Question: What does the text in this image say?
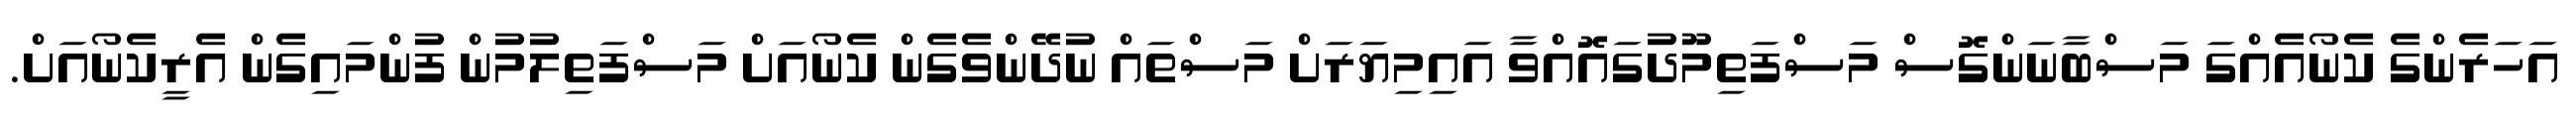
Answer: އަހަރެންގެ ކެނޯއެއްގަ މަސްބާނަންގޮސް މަސްފަތިމޫދުގައޮއްވާ އައިމިޔަރަށް މަސްތައް ނުދޭންވެގެން ކެނޯއަށް މަސްފަތިލުމުން ފުންމައިގެން އެރީކެނޯއަށް.